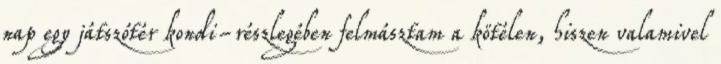
nap egy játszótér kondi-részlegében felmásztam a kötélen, hiszen valamivel